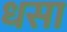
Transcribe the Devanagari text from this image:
धसा